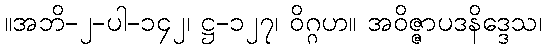
။အဘိ-၂-ပါ-၁၄၂၊ ဋ္ဌ-၁၂၇၊ ဝိဂ္ဂဟ။ အဝိဇ္ဇာပဒနိဒ္ဒေသ၊